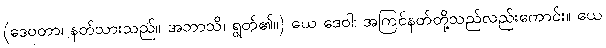
(ဒေဝတာ၊ နတ်သားသည်။ အဘာသိ၊ ရွတ်၏။) ယေ ဒေဝါ၊ အကြင်နတ်တို့သည်လည်းကောင်း။ ယေ